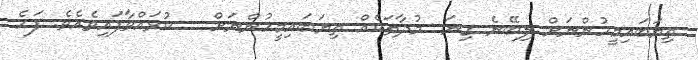
ތިޔަބައިމީހުންނަށް ލިބޭނެ ގިނަ  މުދާތަކެއް ތިޔަބައިމީހުންނަށް   ކުރައްވާފައިވެެއެވެ. ފަހެ